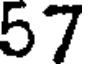
57